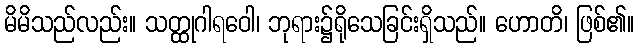
မိမိသည်လည်း။ သတ္ထုဂါရဝေါ၊ ဘုရား၌ရိုသေခြင်းရှိသည်။ ဟောတိ၊ ဖြစ်၏။